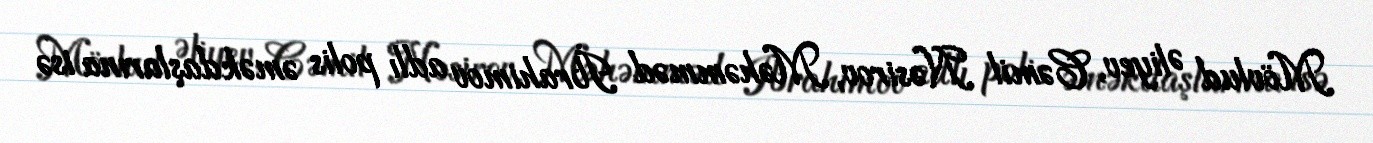
Mövlud Əliyev, Cəmil Nəsirov, Məhəmməd İbrahimov adlı polis əməkdaşlarına isə